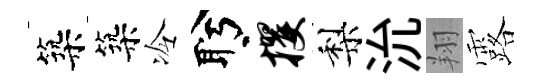
築築冷盻攫梨沇翔露